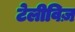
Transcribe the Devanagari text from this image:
टेलीविज़